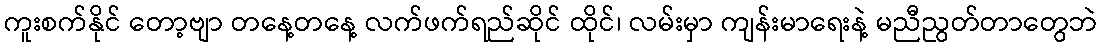
ကူးစက်နိုင် တော့ဗျာ တနေ့တနေ့ လက်ဖက်ရည်ဆိုင် ထိုင်၊ လမ်းမှာ ကျန်းမာရေးနဲ့ မညီညွတ်တာတွေဘဲ